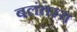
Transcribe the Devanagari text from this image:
बलंतस्य